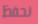
نحفظ